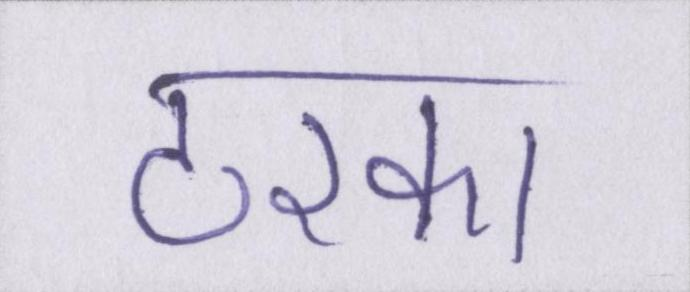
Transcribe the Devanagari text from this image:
टरका